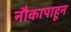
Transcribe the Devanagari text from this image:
नौकापाहून